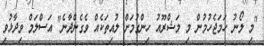
"މި ލޯނު ހަމަޖެހުމުން މި މަޝްރޫއު ހިންގުމަށް ލުއިތަކެއް ވެގެންދާނެ" އަސްލަމް ވިދާޅުވި